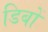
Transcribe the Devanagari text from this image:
डिबों